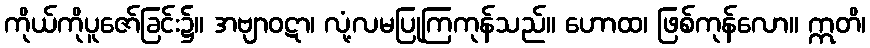
ကိုယ်ကိုပူဇော်ခြင်း၌။ အဗျာဝဋာ၊ လုံ့လမပြုကြကုန်သည်။ ဟောထ၊ ဖြစ်ကုန်လော။ ဣတိ၊